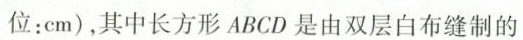
位：cm)，其中长方形ABCD是由双层白布缝制的